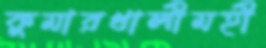
কুমারখালীমহী